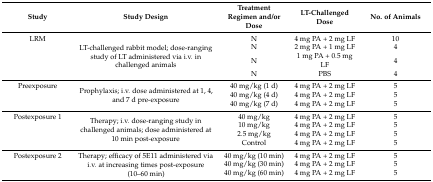
| Study | Study Design | Treatment Regimen and/or Dose | LT-Challenged Dose | No. of Animals |
 | --- | --- | --- | --- | --- |
 | LRM | <ROWSPAN=2> LT-challenged rabbit model; dose-ranging study of LT administered via i.v. in challenged animals | N | 4 mg PA + 2 mg LF | 10 |
 |  | N | 2 mg PA + 1 mg LF | 4 |
 |  |  | N | 1 mg PA + 0.5 mg LF | 4 |
 |  |  | N | PBS | 4 |
 | Preexposure | <ROWSPAN=2> Prophylaxis; i.v. dose administered at 1, 4, and 7 d pre-exposure | 40 mg/kg (1 d) | 4 mg PA + 2 mg LF | 5 |
 |  | 40 mg/kg (4 d) | 4 mg PA + 2 mg LF | 5 |
 |  |  | 40 mg/kg (7 d) | 4 mg PA + 2 mg LF | 5 |
 | Postexposure 1 | <ROWSPAN=3> Therapy; i.v. dose-ranging study in challenged animals; dose administered at 10 min post-exposure | 40 mg/kg | 4 mg PA + 2 mg LF | 5 |
 |  | 10 mg/kg | 4 mg PA + 2 mg LF | 5 |
 |  | 2.5 mg/kg | 4 mg PA + 2 mg LF | 5 |
 |  |  | Control | 4 mg PA + 2 mg LF | 5 |
 | Postexposure 2 | <ROWSPAN=2> Therapy; efficacy of 5E11 administered via i.v. at increasing times post-exposure (10–60 min) | 40 mg/kg (10 min) | 4 mg PA + 2 mg LF | 5 |
 |  | 40 mg/kg (30 min) | 4 mg PA + 2 mg LF | 5 |
 |  |  | 40 mg/kg (60 min) | 4 mg PA + 2 mg LF | 5 |